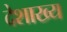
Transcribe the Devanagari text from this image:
देशाख्य